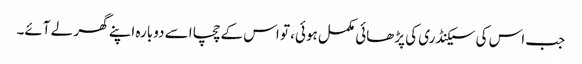
جب اس کی سیکنڈری کی پڑھائی مکمل ہوئی، تو اس کے چچا اسے دوبارہ اپنے گھر لے آئے۔